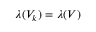
\lambda ( V _ { k } ) = \lambda ( V )